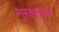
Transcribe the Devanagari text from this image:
मुस्तफाखाँ